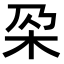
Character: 𣏻